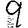
Digit: 9